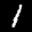
Label: 1